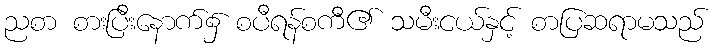
ညစာ စားပြီးနောက်၌ စပီရန်စကီ၏ သမီးငယ်နှင့် စာပြဆရာမသည်